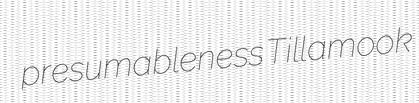
presumableness Tillamook